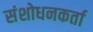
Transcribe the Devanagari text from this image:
संशोधनकर्ता